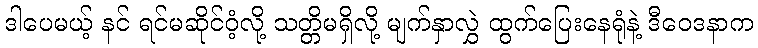
ဒါပေမယ့် နင် ရင်မဆိုင်ဝံ့လို့ သတ္တိမရှိလို့ မျက်နှာလွှဲ ထွက်ပြေးနေရုံနဲ့ ဒီဝေဒနာက